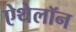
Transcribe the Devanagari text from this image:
ऐथेलॉन